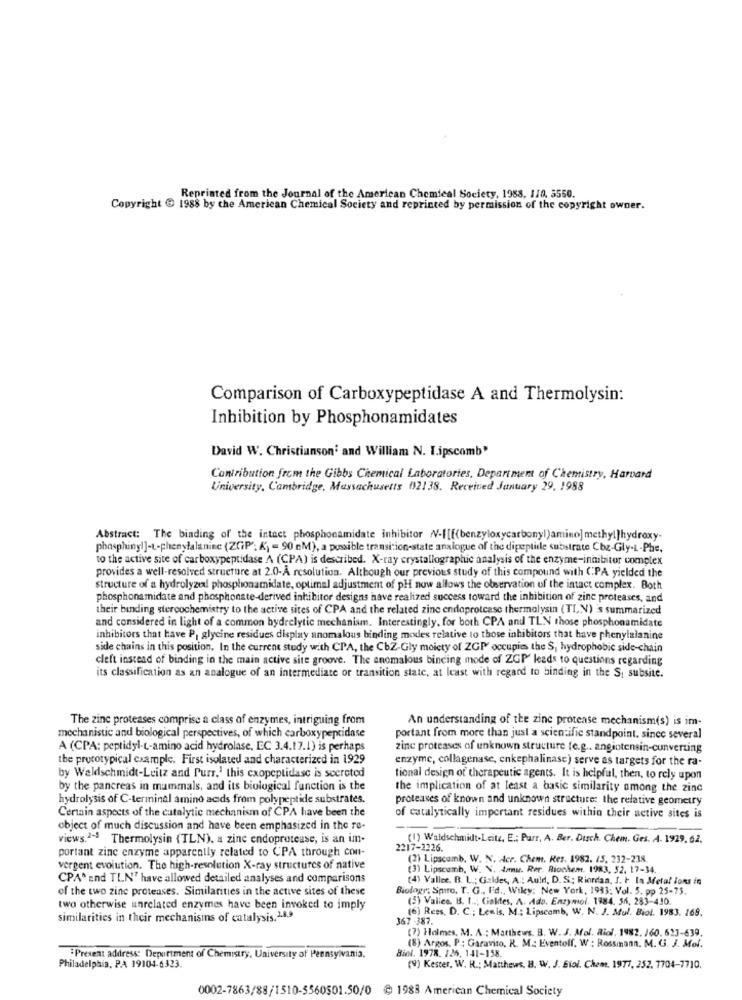
Reprinted from the Journal of the American Chemical Society, 1988, 110, 5550.
Copyright € 1988 by the American Chemical Society and reprinted by permission of the copyright owner.
Comparison of Carboxypeptidase A and Thermolysin:
Inhibition by Phosphonamidates
David W. Christianson' and William N. I.ipscomb"
Contribution from the Gibbs Chemical Laboratories, Department of Chemistry, Harvard
University, Cambridge, Massachusetts 02138. Received January 29, 1988
Abstract: The binding of the intact phosphonamidate inhibitor NV-[[f(benzyloxycarbonyl)amino] methyl]hydroxy-
phosphiny!]-t-phenylalanine (ZGP"; K) = 90 M), a possible transition-state analogue of the dipeptide substrate Cbz-Gly-L-Phe,
to the active site of carboxypeptidase A (CPA) is described. X-ray crystallographic analysis of the enzyme-inhibitor complex
provides a well-resolved structure at 2.0-A resolution. Although our previous study of this compound with CPA yielded the
structure of a hydrolyzed phosphonamidate, optimal adjustment of pH now allows the observation of the intact complex. Both
phosphonamidate and phosphonste-derived inhibitor designs have realized success toward the inhibition of zine proteases, and
their binding steroochemistry to the active sites of CPA and the related zinc endoprotcase thermalysin (TL V) 's summarized
and considered in light of a common bydrelytic mechanism. Interestingly, for both CPA and TLN those phosphonamidate
inhibitors that have P, glycine residues display anomalous binding modes relative to those inhibitors that have phenylalanine
side chains in this position. In the current study with CPA, the CbZ-Gly moiety of ZGP' occupies the S, hydrophobic side-chain
cleft instead of binding in the main active site groove. The anomalous bincing mode of ZGP leads to questions regarding
its classification as an analogue of an intermediate or transition state, at least with regard to binding in the Si subsite.
The zinc proteases comprise a class of enzymes, intriguing from
An understanding of the zinc protease mechanism(s) is im-
mechanistic and biological perspectives, of which carboxypeptidase
portant from more than just a scientific standpoint. since several
A (CPA: peptidyl-t-amino acid hydrolase, EC 3.4.17.1) is perhaps
zine proteases of unknown structure te.g .. angiotensin-converting
the prototypical example. First isolated and characterized in 1929
enzyme, collagenase, enkephalinasc) serve as targets for the ra-
by Waldschmidt-Leitz and Purr.1 this cxopeptidase is secreted
tional design of therapeutic agents. It is helpful, then, to rely upon
by the pancreas in mammals, and its biological function is the
the implication of at least a basic similarity among the zinc
hydrolysis of C-terminal amino acids from polypeptide substrates.
proteases of known and unknown structure: the relative geometry
Certain aspects of the catalytic mechanism of CPA have been the
of catalytically important residues within their active sites is
object of much discussion and have been emphasized in the re-
views.2-5 Thermolysin (TLN), a zine endoprotease, is an im-
(1) Waldschmidt-Leitz, E .: Purr, A. Ber. Durch. Chem. Ges. A. 1929. 62.
portant zinc enzyme apparently related to CPA through con-
2217-2226.
(2) Lipscomb. W. N. Acr. Chem. Res. 1982. 45, 232-238
vergent evolution. The high-resolution X-ray structures of native
(3) Lipscomb, W. V. tomu. Rer. Biochem. 1983, 52. 17-34.
CPA* and TLNT have allowed detailed analyses and comparisons
(4) Vallee. B. I ..; Cialdes, A .: Auld, D. S .: Riordan, J. I In Metal fons in
of the two zinc proteases. Similarities in the active sites of these
Biology, Spiro. T. G ., Ed ., Wiley: New York, 1983; Vol. 5. pp 25-75.
(3) Valice. B. I ..; Goktes, A. Ado. Enzymol, 1984, 56, 283-430.
two otherwise unrelated enzymes have been invoked to imply
(6) Rees, D. C .; Lewis, M .: Lipscomb, W. N. J. Mul. Biol. 1983. 168.
similarities in their mechanisms of catalysis. 1.8.9
367 -387.
(7) Holmes, M. A : Matthews. B. W. J. Mol. Riol. 1982. 160. 623-639.
Biel. 1978. 126. 141-158.
(8) Argos, P : Garavito. R. M .: Eventolf. W : Rossmann. M. G. J. Mol.
"Present address: Department of Chemistry, University of Pennsylvania.
(9) Kester, W. R .: Matthews. B. W. J. Biol. Chem. 1977, 252. 7704-7710.
Philadelphia, PA 19104-6323.
0002-7863/88/1510-5560501.50/0 @ 1988 American Chemical Society